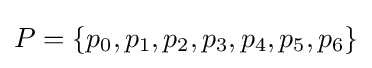
P=\{p_{0},p_{1},p_{2},p_{3},p_{4},p_{5},p_{6}\}